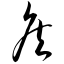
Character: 侯